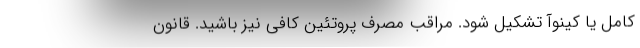
کامل یا کینوآ تشکیل شود. مراقب مصرف پروتئین کافی نیز باشید. قانون